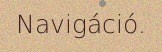
Navigáció.